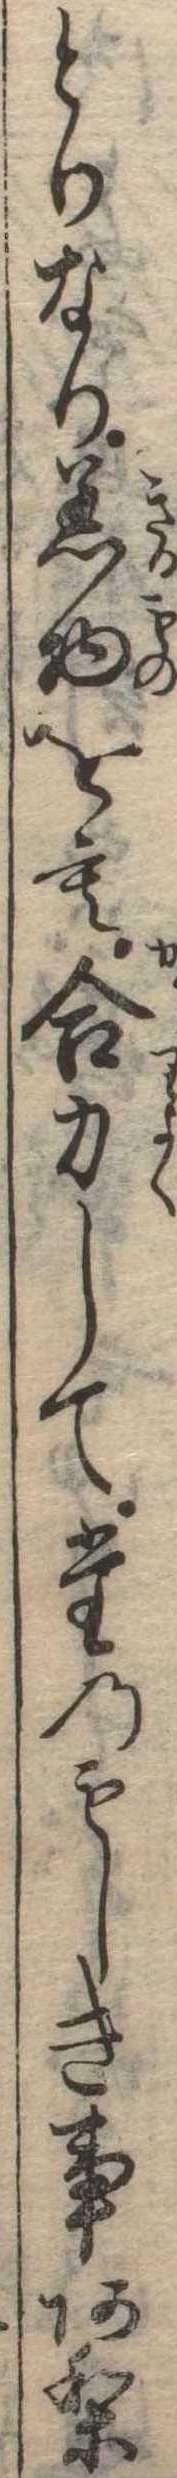
とりなり着物をも合力してたのもしき事あり